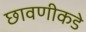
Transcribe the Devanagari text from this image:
छावणीकडे